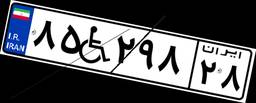
۹۸W۹۲۰۱۵